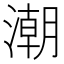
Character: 潮